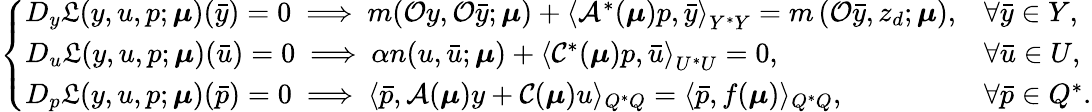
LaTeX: \begin{array}{r}{\left\{ \begin{array}{ll}{D_{y}\mathfrak{L}(y,u,p;\boldsymbol{\mu})(\bar{y})=0\ \Longrightarrow\ m(\mathcal{O}y,\mathcal{O}\bar{y};\boldsymbol{\mu})+\left\langle\mathcal{A}^{*}(\boldsymbol{\mu})p,\bar{y}\right\rangle_{Y^{*}Y}=m\left(\mathcal{O}\bar{y},z_{d};\boldsymbol{\mu}\right),}&{\forall\bar{y}\in Y,}\\ {D_{u}\mathfrak{L}(y,u,p;\boldsymbol{\mu})(\bar{u})=0\ \Longrightarrow\ \alpha n(u,\bar{u};\boldsymbol{\mu})+\left\langle\mathcal{C}^{*}(\boldsymbol{\mu})p,\bar{u}\right\rangle_{U^{*}U}=0,}&{\forall\bar{u}\in U,}\\ {D_{p}\mathfrak{L}(y,u,p;\boldsymbol{\mu})(\bar{p})=0\ \Longrightarrow\ \langle\bar{p},\mathcal{A}(\boldsymbol{\mu})y+\mathcal{C}(\boldsymbol{\mu})u\rangle_{Q^{*}Q}=\langle\bar{p},f(\boldsymbol{\mu})\rangle_{Q^{*}Q},}&{\forall\bar{p}\in Q^{*}.}\end{array}\right.}\end{array}